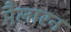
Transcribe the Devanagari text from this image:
मैलारन